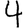
Digit: 4